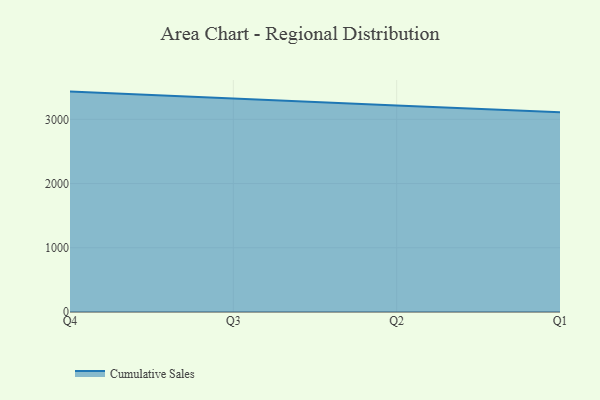
{"axis": {"x": "Quarter", "y": "Tickets Resolved"}, "legend": ["Cumulative Sales"], "data": [{"x": "Q4", "y": 3431.7, "type": "Cumulative Sales"}, {"x": "Q3", "y": 3328.6, "type": "Cumulative Sales"}, {"x": "Q2", "y": 3214.5, "type": "Cumulative Sales"}, {"x": "Q1", "y": 3109.8, "type": "Cumulative Sales"}]}